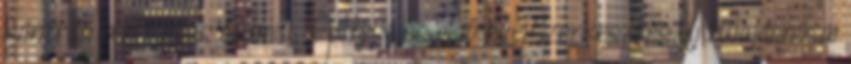
kontrás biztosítás Gumiü. Építése és első éveiSzerkesztés Új tulajdonosai